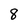
Character: 8